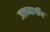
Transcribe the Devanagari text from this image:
जलमार्गीय